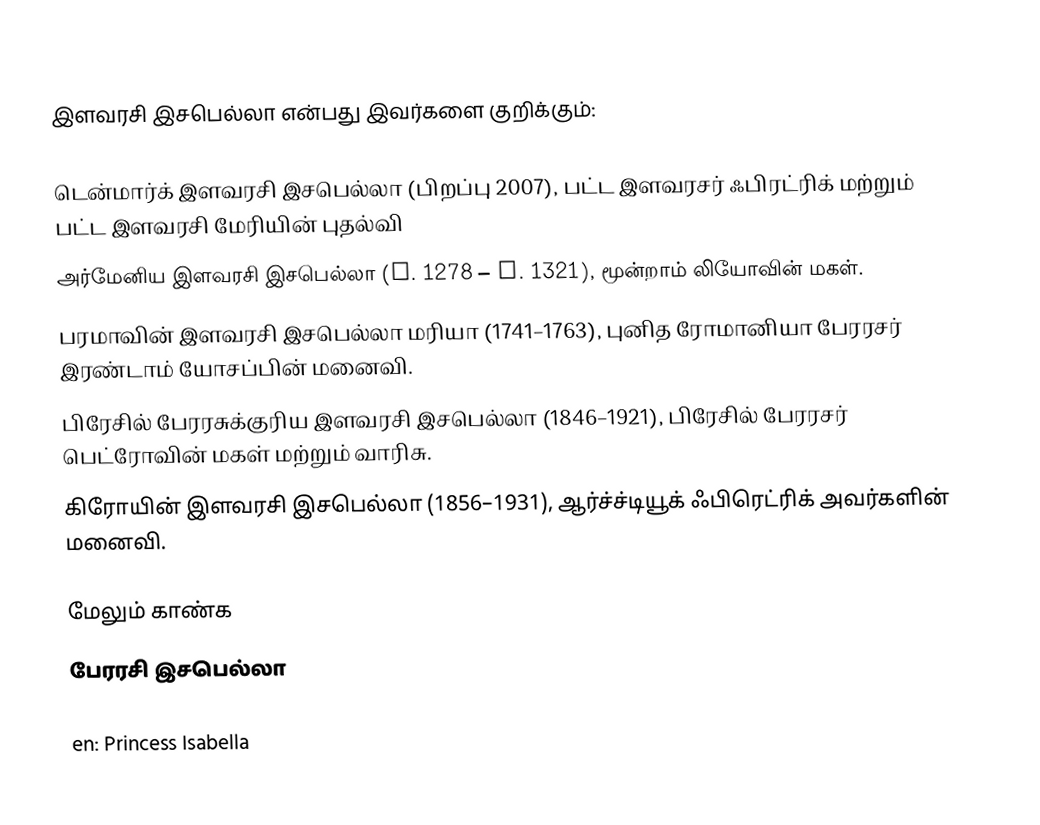
இளவரசி இசபெல்லா என்பது இவர்களை குறிக்கும்:

 டென்மார்க் இளவரசி இசபெல்லா (பிறப்பு 2007), பட்ட இளவரசர் ஃபிரட்ரிக் மற்றும் பட்ட இளவரசி மேரியின் புதல்வி
 அர்மேனிய இளவரசி இசபெல்லா (c. 1278 – c. 1321), மூன்றாம் லியோவின் மகள்.
 பரமாவின் இளவரசி இசபெல்லா மரியா (1741–1763), புனித ரோமானியா பேரரசர் இரண்டாம் யோசப்பின் மனைவி.
 பிரேசில் பேரரசுக்குரிய இளவரசி இசபெல்லா (1846–1921), பிரேசில் பேரரசர் பெட்ரோவின் மகள் மற்றும் வாரிசு.
 கிரோயின் இளவரசி இசபெல்லா (1856–1931), ஆர்ச்ச்டியூக் ஃபிரெட்ரிக் அவர்களின் மனைவி.

மேலும் காண்க
பேரரசி இசபெல்லா

en: Princess Isabella